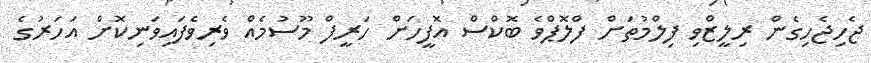
ޖެހިޖެހިގެން ރިލީޒްވި ފިލްމުތަށް ފްލޮޕްވެ ބޮކްސް އޮފީހަށް ހަރީފް މޫސުމެއް ވެރިވެފައިވަނިކޮށް އަހަރުގެ